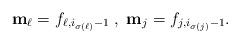
LaTeX: \begin{align*}\mathbf{m}_\ell = f_{\ell, i_{\sigma(\ell)}-1} \; , \; \mathbf{m}_j = f_{j, i_{\sigma(j)}-1}.\end{align*}